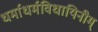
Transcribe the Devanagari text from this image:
धर्माधर्मविधायिनीम्